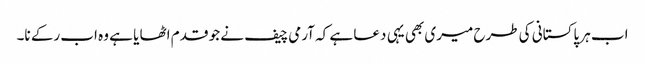
اب ہر پاکستانی کی طرح میری بھی یہی دعا ہے کہ آرمی چیف نے جو قدم اٹھا یا ہے وہ اب رکے نا۔